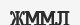
ЖММЛ